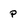
Character: P